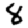
Digit: 8